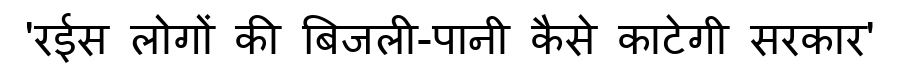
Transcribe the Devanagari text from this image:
'रईस लोगों की बिजली-पानी कैसे काटेगी सरकार'